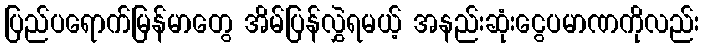
ပြည်ပရောက်မြန်မာတွေ အိမ်ပြန်လွှဲရမယ့် အနည်းဆုံးငွေပမာဏကိုလည်း